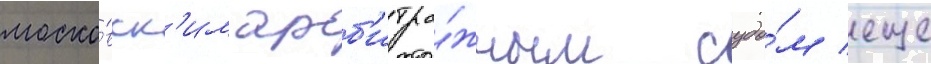
моско́вск'им арб'итра́жным судо́м еще